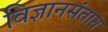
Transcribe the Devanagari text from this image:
विज्ञानसंतान